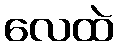
လေထဲ